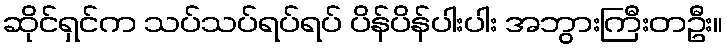
ဆိုင်ရှင်က သပ်သပ်ရပ်ရပ် ပိန်ပိန်ပါးပါး အဘွားကြီးတဦး။